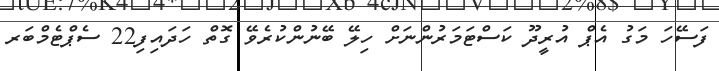
ފަސޭހަ މަގު އެޕް އުރީދޫ ކަސްޓަމަރުންނަށް ހިލޭ ބޭނުންކުރެވޭ ގޮތް ހަދައިފި22 ސެޕްޓެމްބަރ